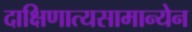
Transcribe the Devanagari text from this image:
दाक्षिणात्यसामान्येन